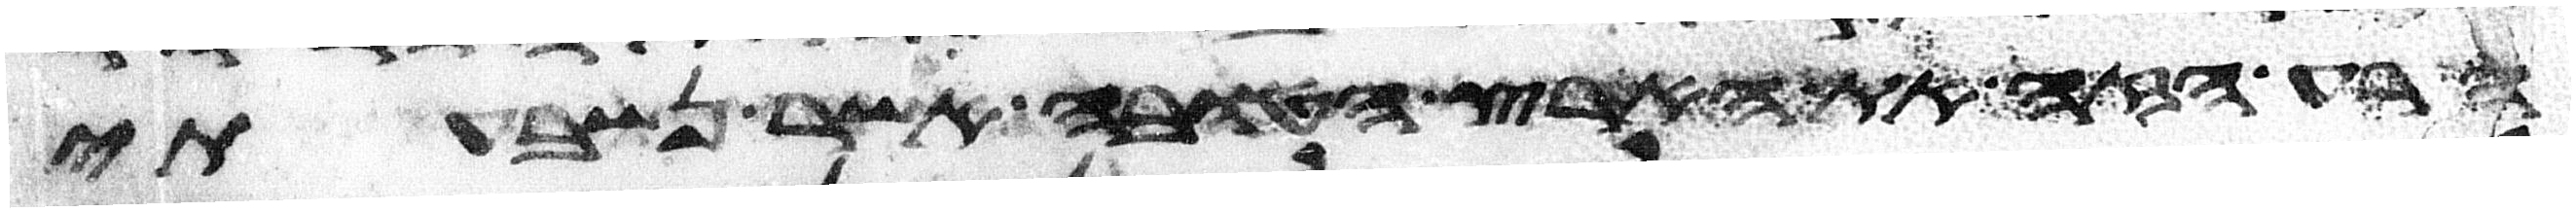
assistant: הרע הזה את הארץ הטובה אשר נשבעתי